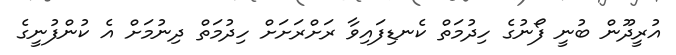
އުރީދޫން ބުނީ ފޯނުގެ ހިދުމަތް ކެނޑިފައިވާ ރަށްރަށަށް ހިދުމަތް ދިނުމަށް އެ ކުންފުނީގެ